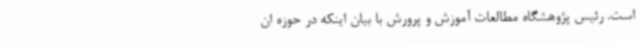
است. رئیس پژوهشگاه مطالعات آموزش و پرورش با بیان اینکه در حوزه ان